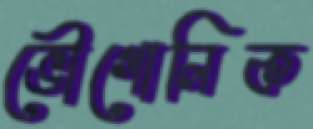
ভৌগোলিক